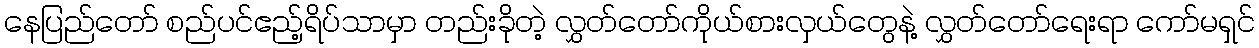
နေပြည်တော် စည်ပင်ဧည့်ရိပ်သာမှာ တည်းခိုတဲ့ လွှတ်တော်ကိုယ်စားလှယ်တွေနဲ့ လွှတ်တော်ရေးရာ ကော်မရှင်